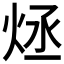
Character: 𤇶